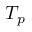
T _ { p }